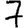
Digit: 7